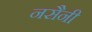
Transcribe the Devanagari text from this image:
नसैनी